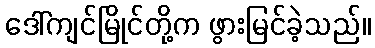
ဒေါ်ကျင်မြိုင်တို့က ဖွားမြင်ခဲ့သည်။